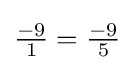
{\tfrac {-9}{1}}={\tfrac {-9}{5}}